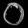
Digit: ၀